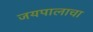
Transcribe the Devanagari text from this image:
जयपालाचा